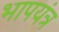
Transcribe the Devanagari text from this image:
भापयंत्र